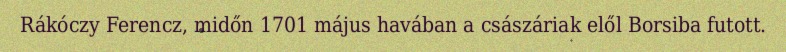
Rákóczy Ferencz, midőn 1701 május havában a császáriak elől Borsiba futott.